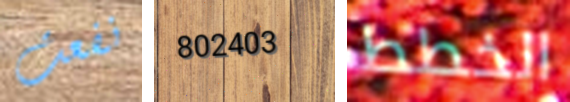
نفعت 802403 الخطط